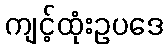
ကျင့်ထုံးဥပဒေ